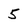
Character: 5